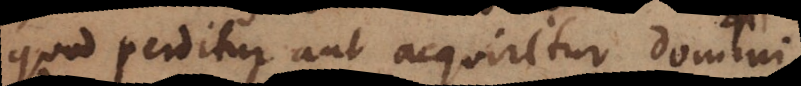
quod perditur aut acquiritur domini